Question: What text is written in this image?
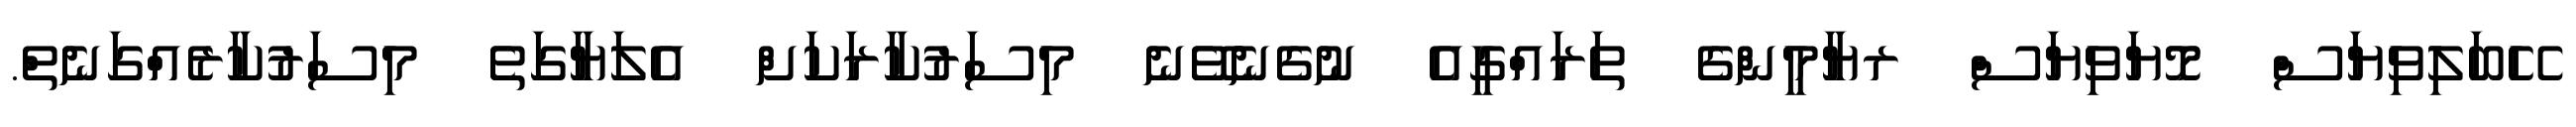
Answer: ހޭބަލިވިޔަސް މޮޔަވިޔަސް ރޔާމީންގެ ތަރައްގީއެ ނުގެނެވޭނެ މިސަރުކާރަކަށް އެލަޔާގަތެ މިސަރުކާރެއްގަނެތް.